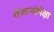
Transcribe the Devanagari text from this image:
शेजाऱ्यांपेक्षा